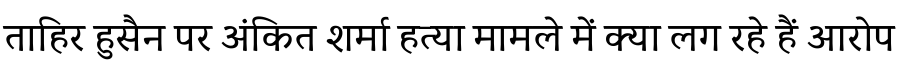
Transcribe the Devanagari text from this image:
ताहिर हुसैन पर अंकित शर्मा हत्या मामले में क्या लग रहे हैं आरोप